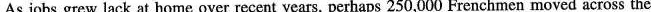
As jobs grew lack at home over recent years, perhaps 250,000 Frenchmen moved across the